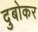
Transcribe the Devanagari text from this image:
दुबोकर